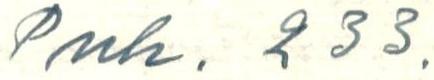
Puh. 233.